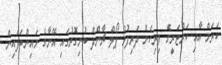
ކަރަމް އާއި ކަރްޓަރީގެ ފިރިހެން ދަރިފުޅު ޕޯލް ޗާންދް ބުނިގޮތުގައި އޭނާގެ މައިންބަފައިން